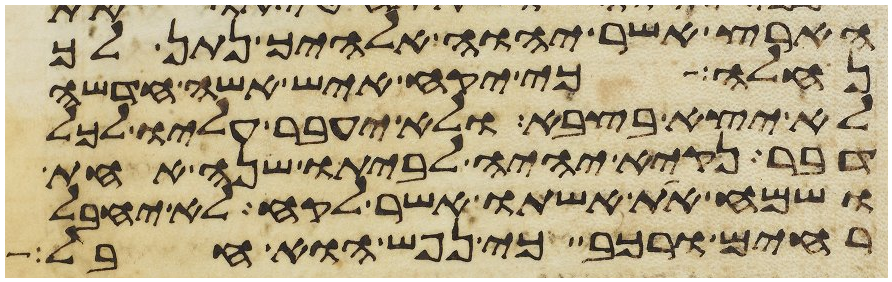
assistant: הארץ אשר יהוה אלהיך נתן לך
נחלה כי יקח איש אשה חדשה
לא יצא בצבא ולא יעבר עליו לכל
דבר נקיא יהיה לביתו שנה אחת
ושמח את אשתו אשר לקח לא יחבל
רחים ורכב כי נפש הוא חבל